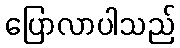
ပြောလာပါသည်